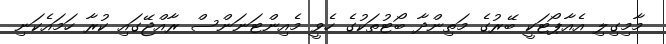
މާމިގިލި އެއާޕޯޓަކީ ބޭރުގެ މަތިންދާ ބޯޓުތަކުގެ ހެވީ މެއިންޓަނަންސް ރާއްޖޭގައި ކުރާ ހަމައެކަނި